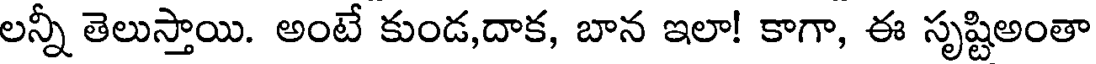
లన్నీ తెలుస్తాయి. అంటే కుండ,దాక, బాన ఇలా! కాగా, ఈ సృష్టిఅంతా